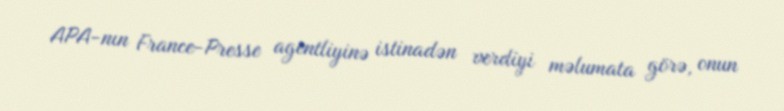
APA-nın France-Presse agentliyinə istinadən verdiyi məlumata görə, onun